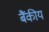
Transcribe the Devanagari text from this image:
बैंकीय